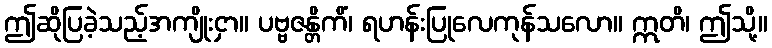
ဤဆိုပြခဲ့သည့်အကျိုးငှာ။ ပဗ္ဗဇန္တိကိံ၊ ရဟန်းပြုလေကုန်သလော။ ဣတိ၊ ဤသို့။